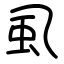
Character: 虱